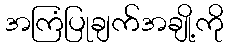
အကြံပြုချက်အချို့ကို